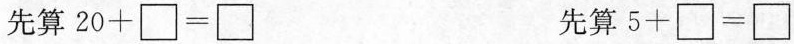
先算$$20 + \Box = \Box$$ $$先算$$5 + \Box = \Box$$